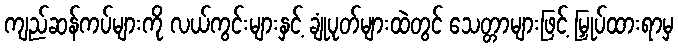
ကျည်ဆန်ကပ်များကို လယ်ကွင်းများနှင့် ချုံပုတ်များထဲတွင် သေတ္တာများဖြင့် မြှုပ်ထားရာမှ